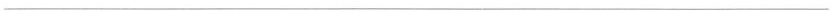
___